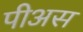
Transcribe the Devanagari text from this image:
पीअस